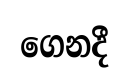
ගෙනදී